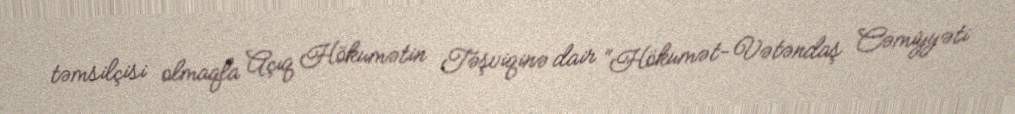
təmsilçisi olmaqla Açıq Hökumətin Təşviqinə dair “Hökumət-Vətəndaş Cəmiyyəti